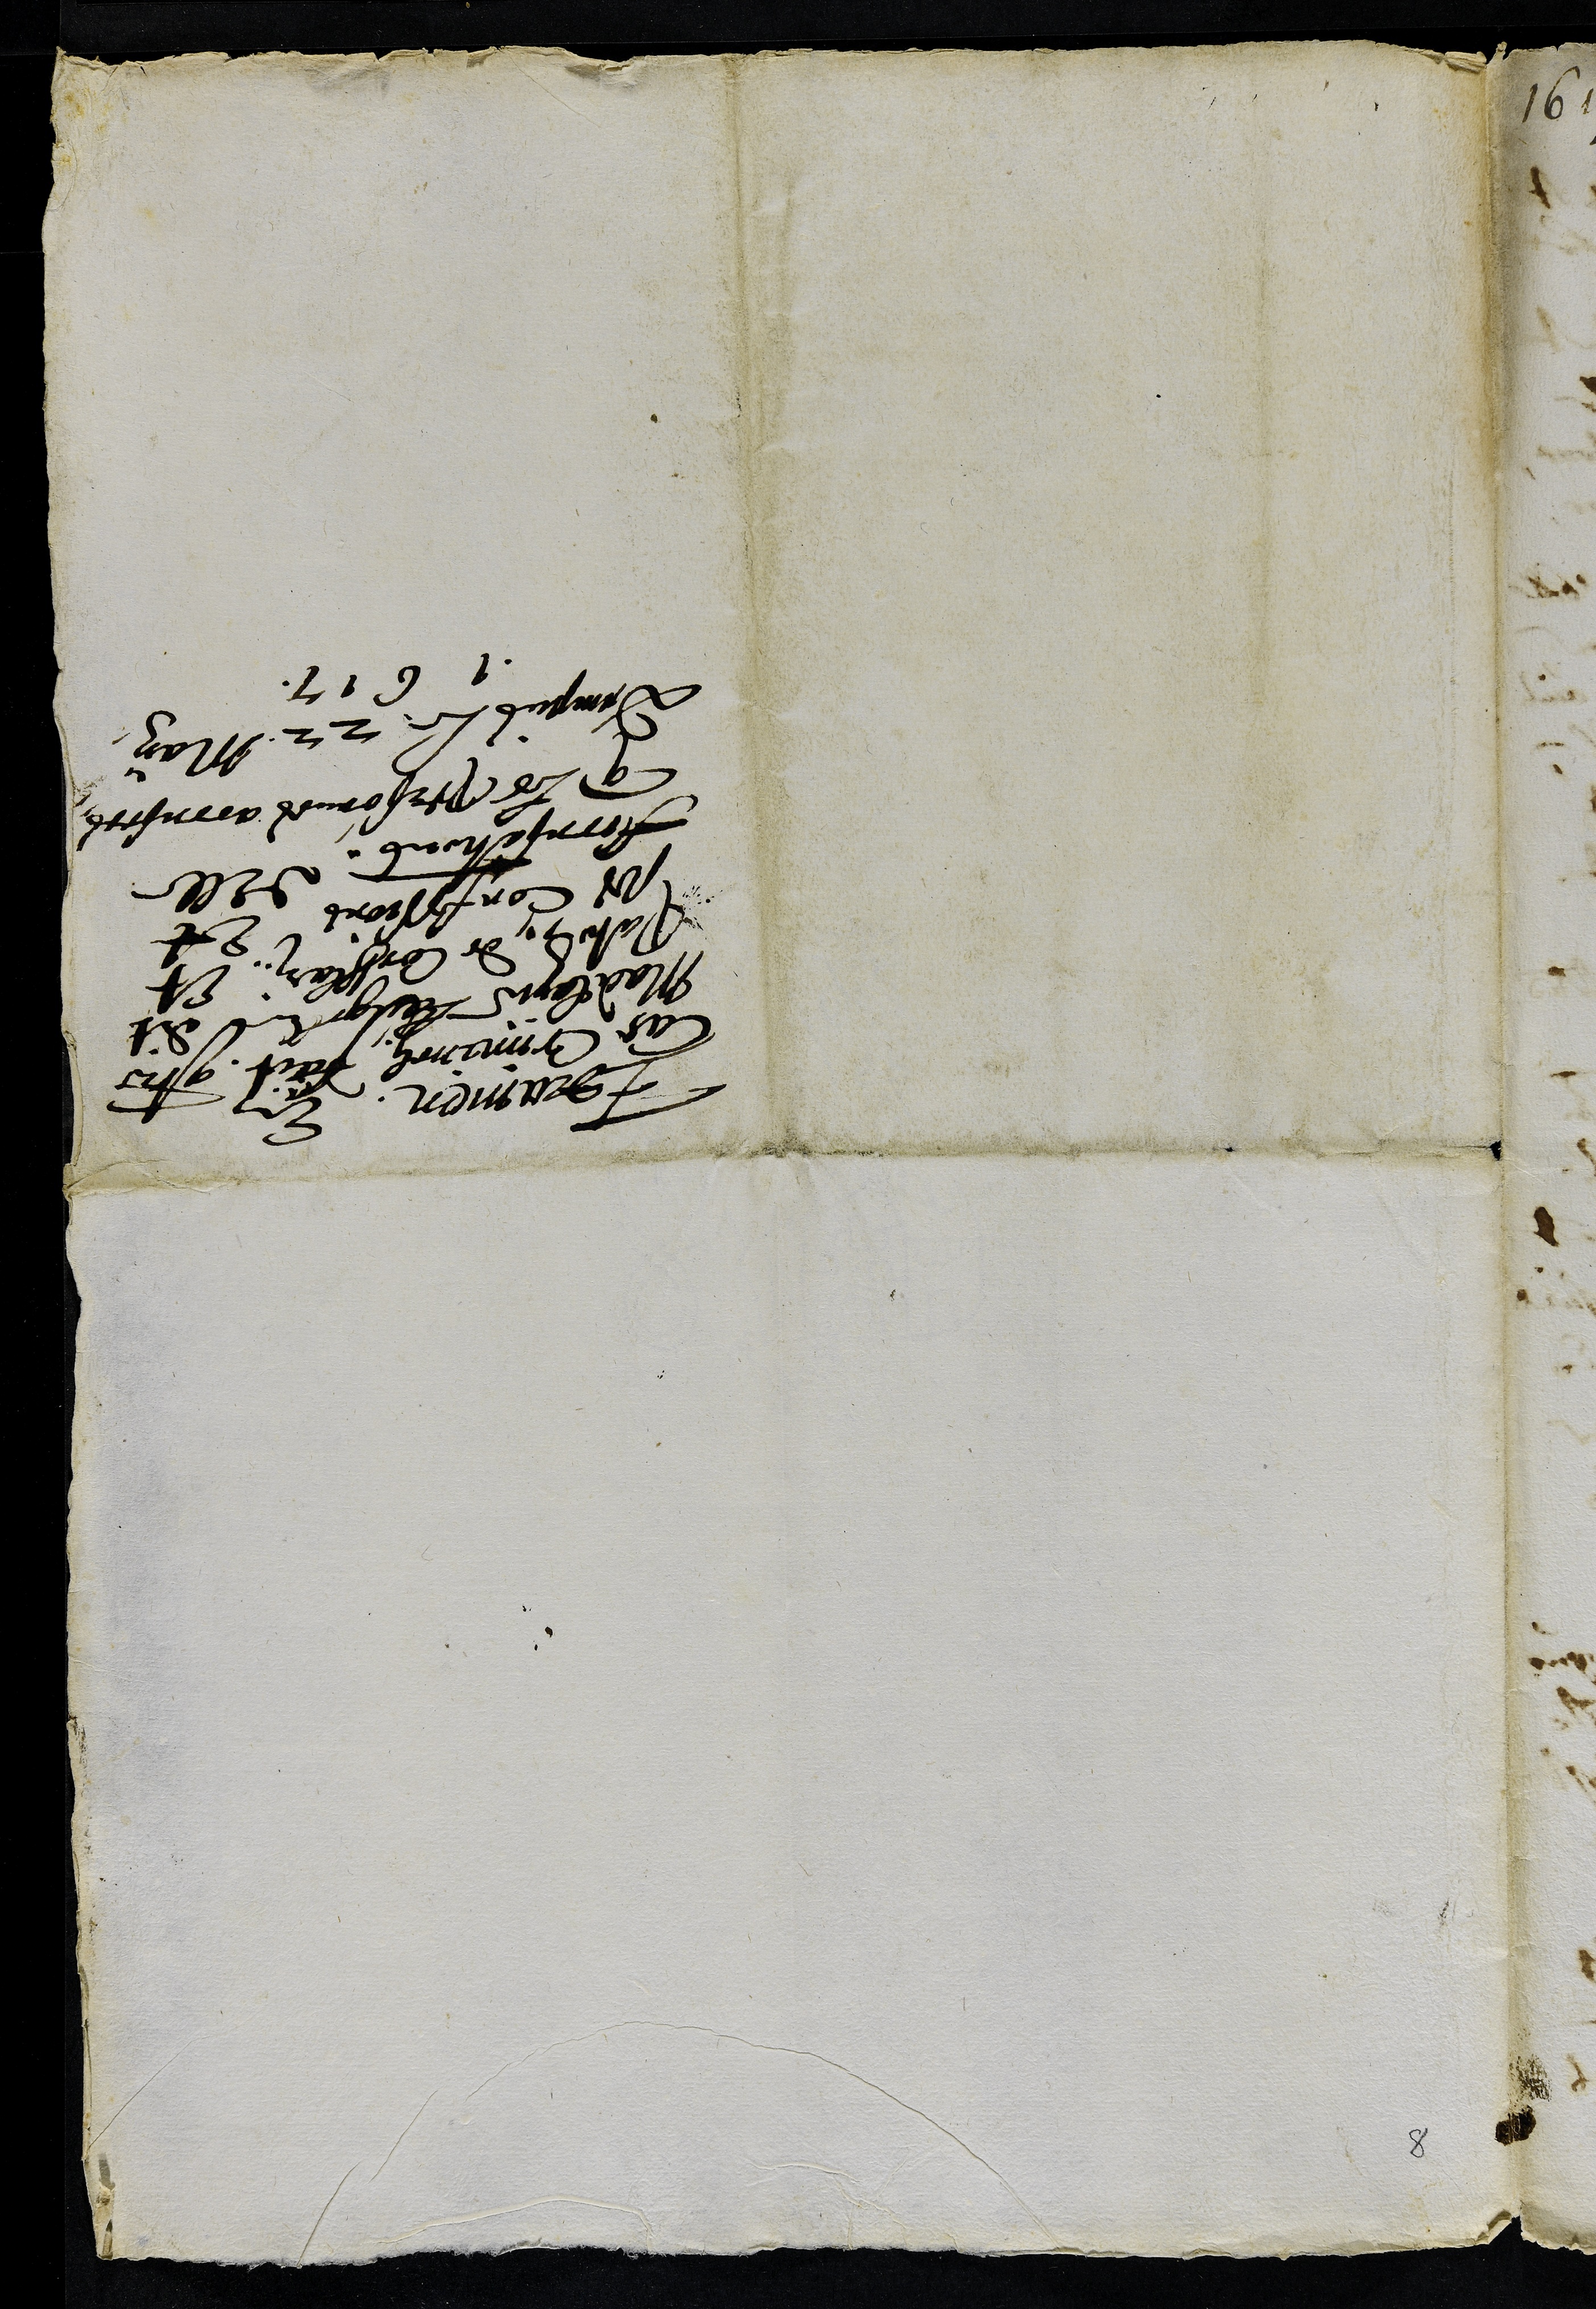
Feraner. ee
las Cmmencl part, ctre
Mailome Leigel l dit
Patol de Confflat, Et
sos Confessions Et
fornsations delle
que les prrsonnes acontesz
vmpus 22 May
1617